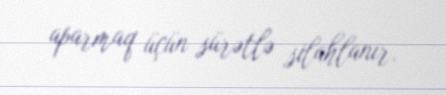
aparmaq üçün sürətlə silahlanır.